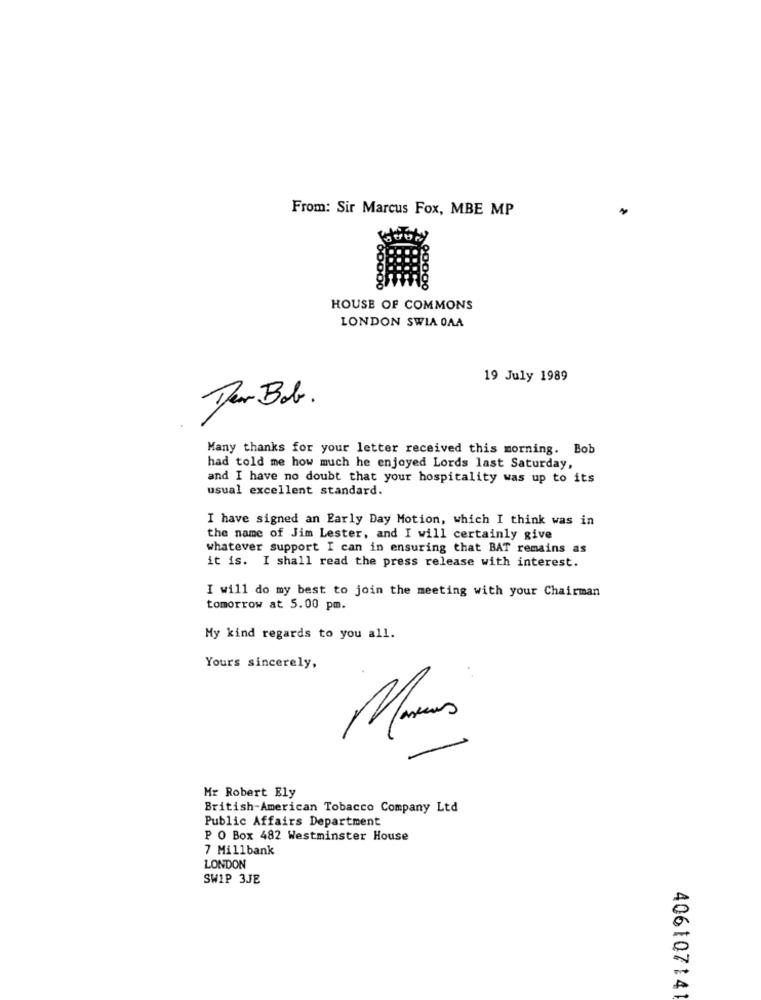
From: Sir Marcus Fox, MBE MP
HOUSE OF COMMONS
LONDON SWIA OAA
19 July 1989
Ter Bob .
Many thanks for your letter received this morning. Bob
had told me how much he enjoyed Lords last Saturday,
and I have no doubt that your hospitality was up to its
usual excellent standard.
I have signed an Early Day Motion, which I think was in
the name of Jim Lester, and I will certainly give
whatever support I can in ensuring that BAT remains as
it is. I shall read the press release with interest.
I will do my best to join the meeting with your Chairman
tomorrow at 5.00 pm.
My kind regards to you all.
Yours sincerely,
Mr Robert Ely
British-American Tobacco Company Ltd
Public Affairs Department
P O Box 482 Westminster House
7 Millbank
LONDON
SWIP 3JE
406107141